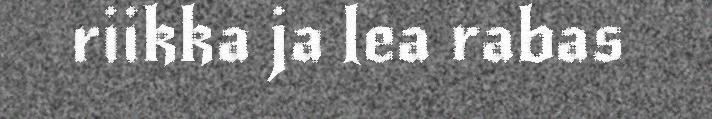
riikka ja lea rabas